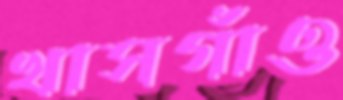
খাসগাঁও